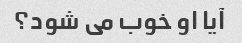
آیا او خوب می شود؟